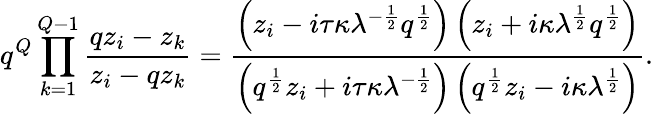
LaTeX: q^{Q}\prod_{k=1}^{Q-1}\frac{qz_{i}-z_{k}}{z_{i}-qz_{k}}=\frac{\left(z_{i}-i\tau\kappa\lambda^{-\frac{1}{2}}q^{\frac{1}{2}}\right)\left(z_{i}+i\kappa\lambda^{\frac{1}{2}}q^{\frac{1}{2}}\right)}{\left(q^{\frac{1}{2}}z_{i}+i\tau\kappa\lambda^{-\frac{1}{2}}\right)\left(q^{\frac{1}{2}}z_{i}-i\kappa\lambda^{\frac{1}{2}}\right)}.